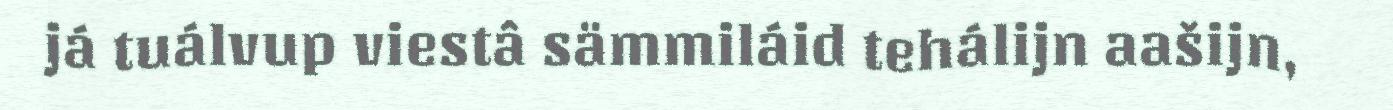
já tuálvup viestâ sämmiláid tehálijn aašijn,